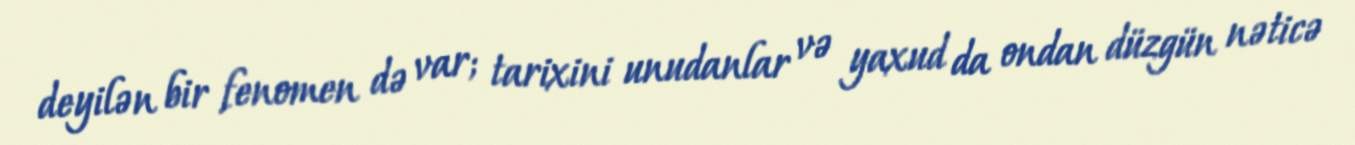
deyilən bir fenomen də var; tarixini unudanlar və yaxud da ondan düzgün nəticə